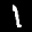
Label: 1